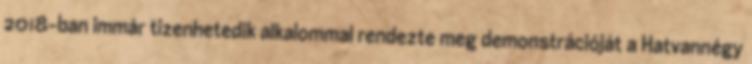
2018-ban immár tizenhetedik alkalommal rendezte meg demonstrációját a Hatvannégy